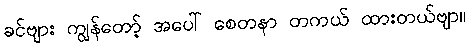
ခင်ဗျား ကျွန်တော့် အပေါ် စေတနာ တကယ် ထားတယ်ဗျာ။